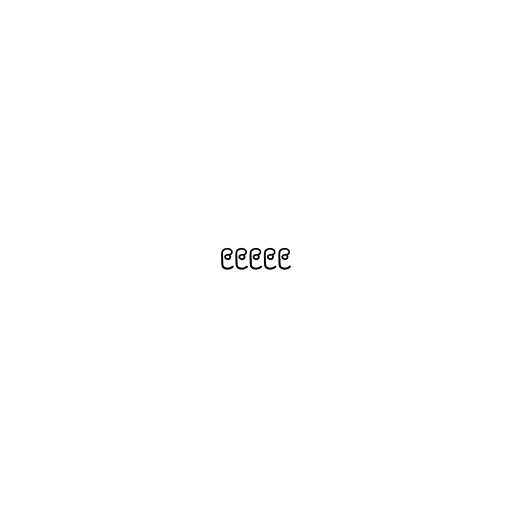
၉၉၉၉၉